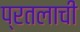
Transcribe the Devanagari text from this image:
प्रतलाची